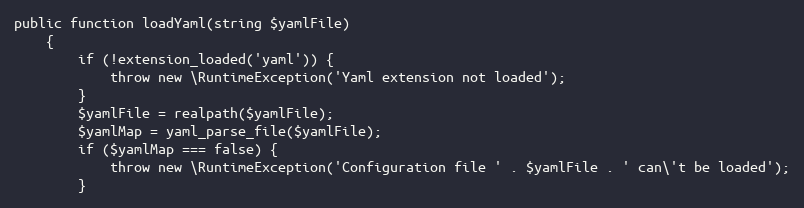
Language: PHP
public function loadYaml(string $yamlFile)
    {
        if (!extension_loaded('yaml')) {
            throw new \RuntimeException('Yaml extension not loaded');
        }
        $yamlFile = realpath($yamlFile);
        $yamlMap = yaml_parse_file($yamlFile);
        if ($yamlMap === false) {
            throw new \RuntimeException('Configuration file ' . $yamlFile . ' can\'t be loaded');
        }